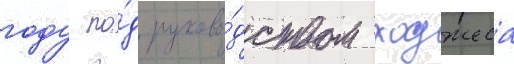
году по́д руково́дством ходжеса